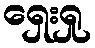
ရှေးရှု